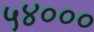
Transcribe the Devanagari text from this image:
५४०००